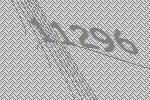
11296